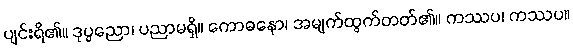
ပျင်းရိ၏။ ဒုပ္ပညော၊ ပညာမရှိ။ ကောဓနော၊ အမျက်ထွက်တတ်၏။ ကဿပ၊ ကဿပ။